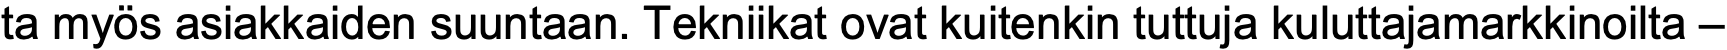
ta myös asiakkaiden suuntaan. Tekniikat ovat kuitenkin tuttuja kuluttajamarkkinoilta –